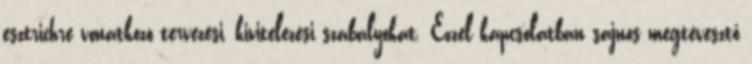
esztrichre vonatkozó tervezési, kivitelezési szabályokat. Ezzel kapcsolatban sajnos megtévesztő